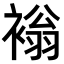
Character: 𧛹